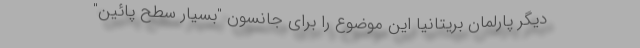
دیگر پارلمان بریتانیا این موضوع را برای جانسون "بسیار سطح پائین"